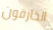
الخارقون